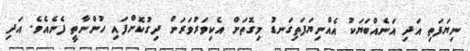
ނިޔަފަތި އަދި އަނެއްބަޔަކު އެއްނިޔަފަތިގަނޑު މިގޮތަށް އެކިވަރުވަރަށް ދިގުކޮށްފައި ހުންނާތީ ފެނެއެވެ. އަދި